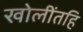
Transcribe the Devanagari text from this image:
खोलींतहि